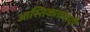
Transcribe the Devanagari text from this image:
आस्तिकतावादी